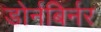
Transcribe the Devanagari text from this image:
डोर्नबिर्नर